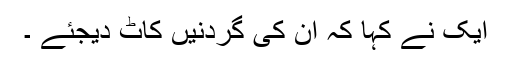
ایک نے کہا کہ ان کی گردنیں کاٹ دیجئے ۔